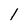
Character: 1